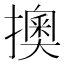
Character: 擙